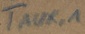
Text: TAUX,1